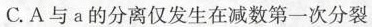
C.A与a的分离仅发生在减数第一次分裂